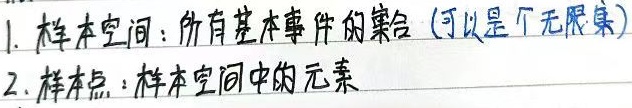
1. 样本空间：所有基本事件的集合（可以是个无限集）
2. 样本点：样本空间中的元素